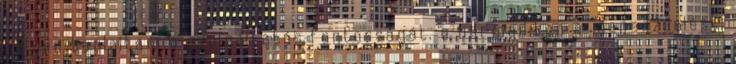
helyen taglaltam a szolgáltatás fontosságát, a harmadikon a menedzselést.